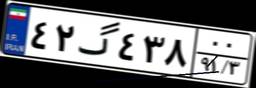
۴۲گ۴۳۸۰۰